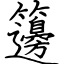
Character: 籩